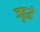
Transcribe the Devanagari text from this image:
जद्बुद्धे